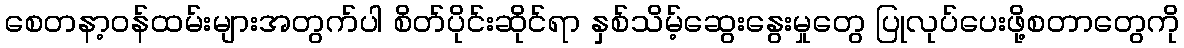
စေတနာ့ဝန်ထမ်းများအတွက်ပါ စိတ်ပိုင်းဆိုင်ရာ နှစ်သိမ့်ဆွေးနွေးမှုတွေ ပြုလုပ်ပေးဖို့စတာတွေကို